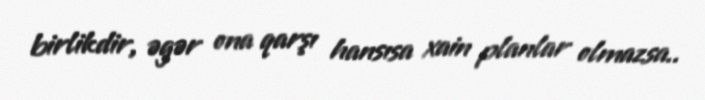
birlikdir, əgər ona qarşı hansısa xain planlar olmazsa..